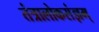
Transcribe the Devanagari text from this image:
तंत्रालोकसंज्ञम्